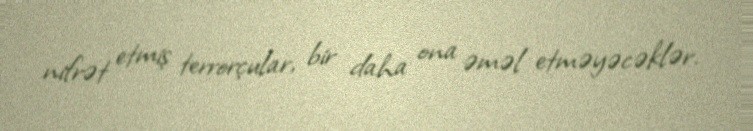
nifrət etmiş terrorçular, bir daha ona əməl etməyəcəklər.